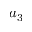
a _ { 3 }